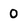
Character: 0